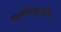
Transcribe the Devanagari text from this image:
महाविध्यालयीन